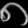
Digit: ၈